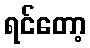
ရင်တော့